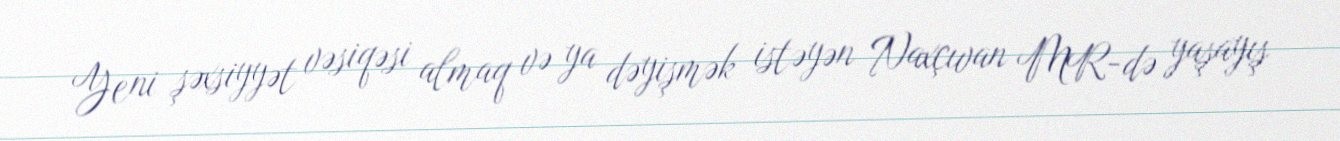
Yeni şəxsiyyət vəsiqəsi almaq və ya dəyişmək istəyən Naxçıvan MR-də yaşayış